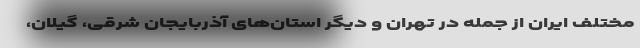
مختلف ایران از جمله در تهران و دیگر استان‌های آذربایجان شرقی، گیلان،